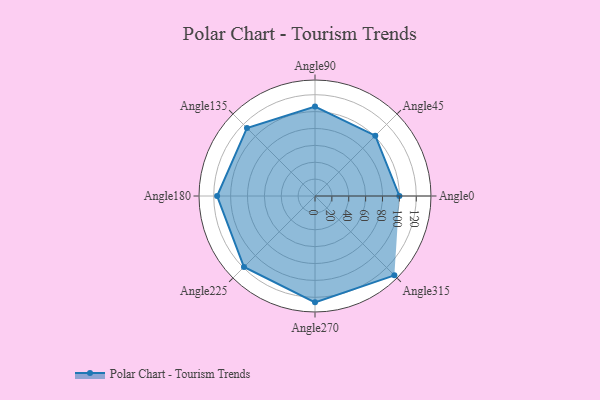
{"axis": {"x": "Angle", "y": "Radius"}, "legend": [""], "data": [{"x": "Angle0", "y": 100.0, "type": ""}, {"x": "Angle45", "y": 101.0, "type": ""}, {"x": "Angle90", "y": 106.0, "type": ""}, {"x": "Angle135", "y": 114.0, "type": ""}, {"x": "Angle180", "y": 116.0, "type": ""}, {"x": "Angle225", "y": 119.0, "type": ""}, {"x": "Angle270", "y": 126.0, "type": ""}, {"x": "Angle315", "y": 133.0, "type": ""}]}